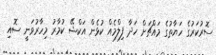
ސޮރުކަރުގެ ހަޔާތުގެ މައްޗަށް ހަދާ ފިލްމެއް ކުޅެން އަކްޝޭ ކުމާރު މިހާރުވަނީ ސޮއި